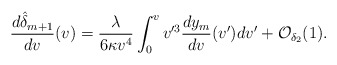
\begin{align*} \frac{d\hat{\delta}_{m+1}}{dv}(v)=\frac{\lambda}{6\kappa v^4}\int_0^vv'^3\frac{dy_m}{dv}(v')dv'+\mathcal{O}_{\delta_2}(1).\end{align*}